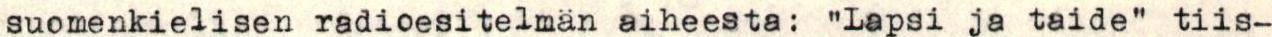
suomenkielisen radioesitelmän aiheesta: "Lapsi ja taide" tiis-